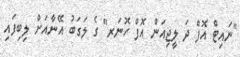
"ނައިޓް އޮފް ދަ ލީޖިއަން އޮފް ހޮނަރ" ގެ ލަގަބު އޭނާއަށް ލިބިފައި